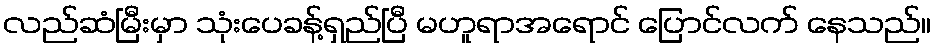
လည်ဆံမြီးမှာ သုံးပေခန့်ရှည်ပြီ မဟူရာအရောင် ပြောင်လက် နေသည်။